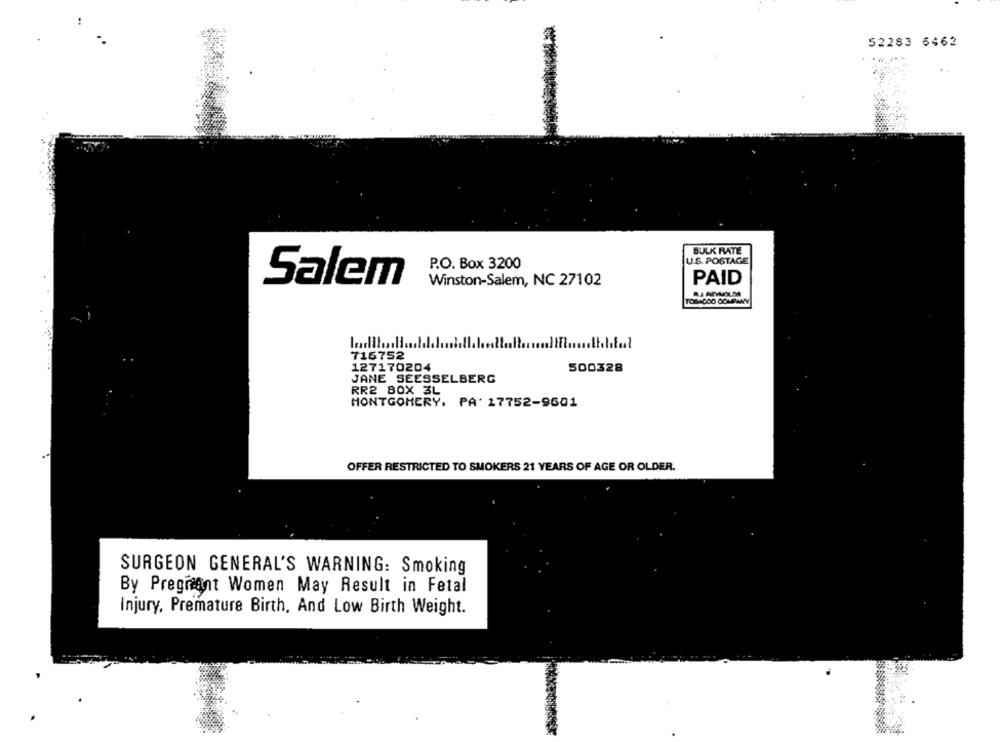
52283 6462
BULK RATE
U.S. POSTAGE
P.O. Box 3200
Salem
Winston-Salem, NC 27102
PAID
TOBACCO COMPANY
716752
127170204
500328
JANE SEESSELBERG
RR2 BOX 3L
MONTGOMERY, PA' 17752-9601
OFFER RESTRICTED TO SMOKERS 21 YEARS OF AGE OR OLDER.
SURGEON GENERAL'S WARNING: Smoking
By Pregnant Women May Result in Fetal
Injury, Premature Birth, And Low Birth Weight.